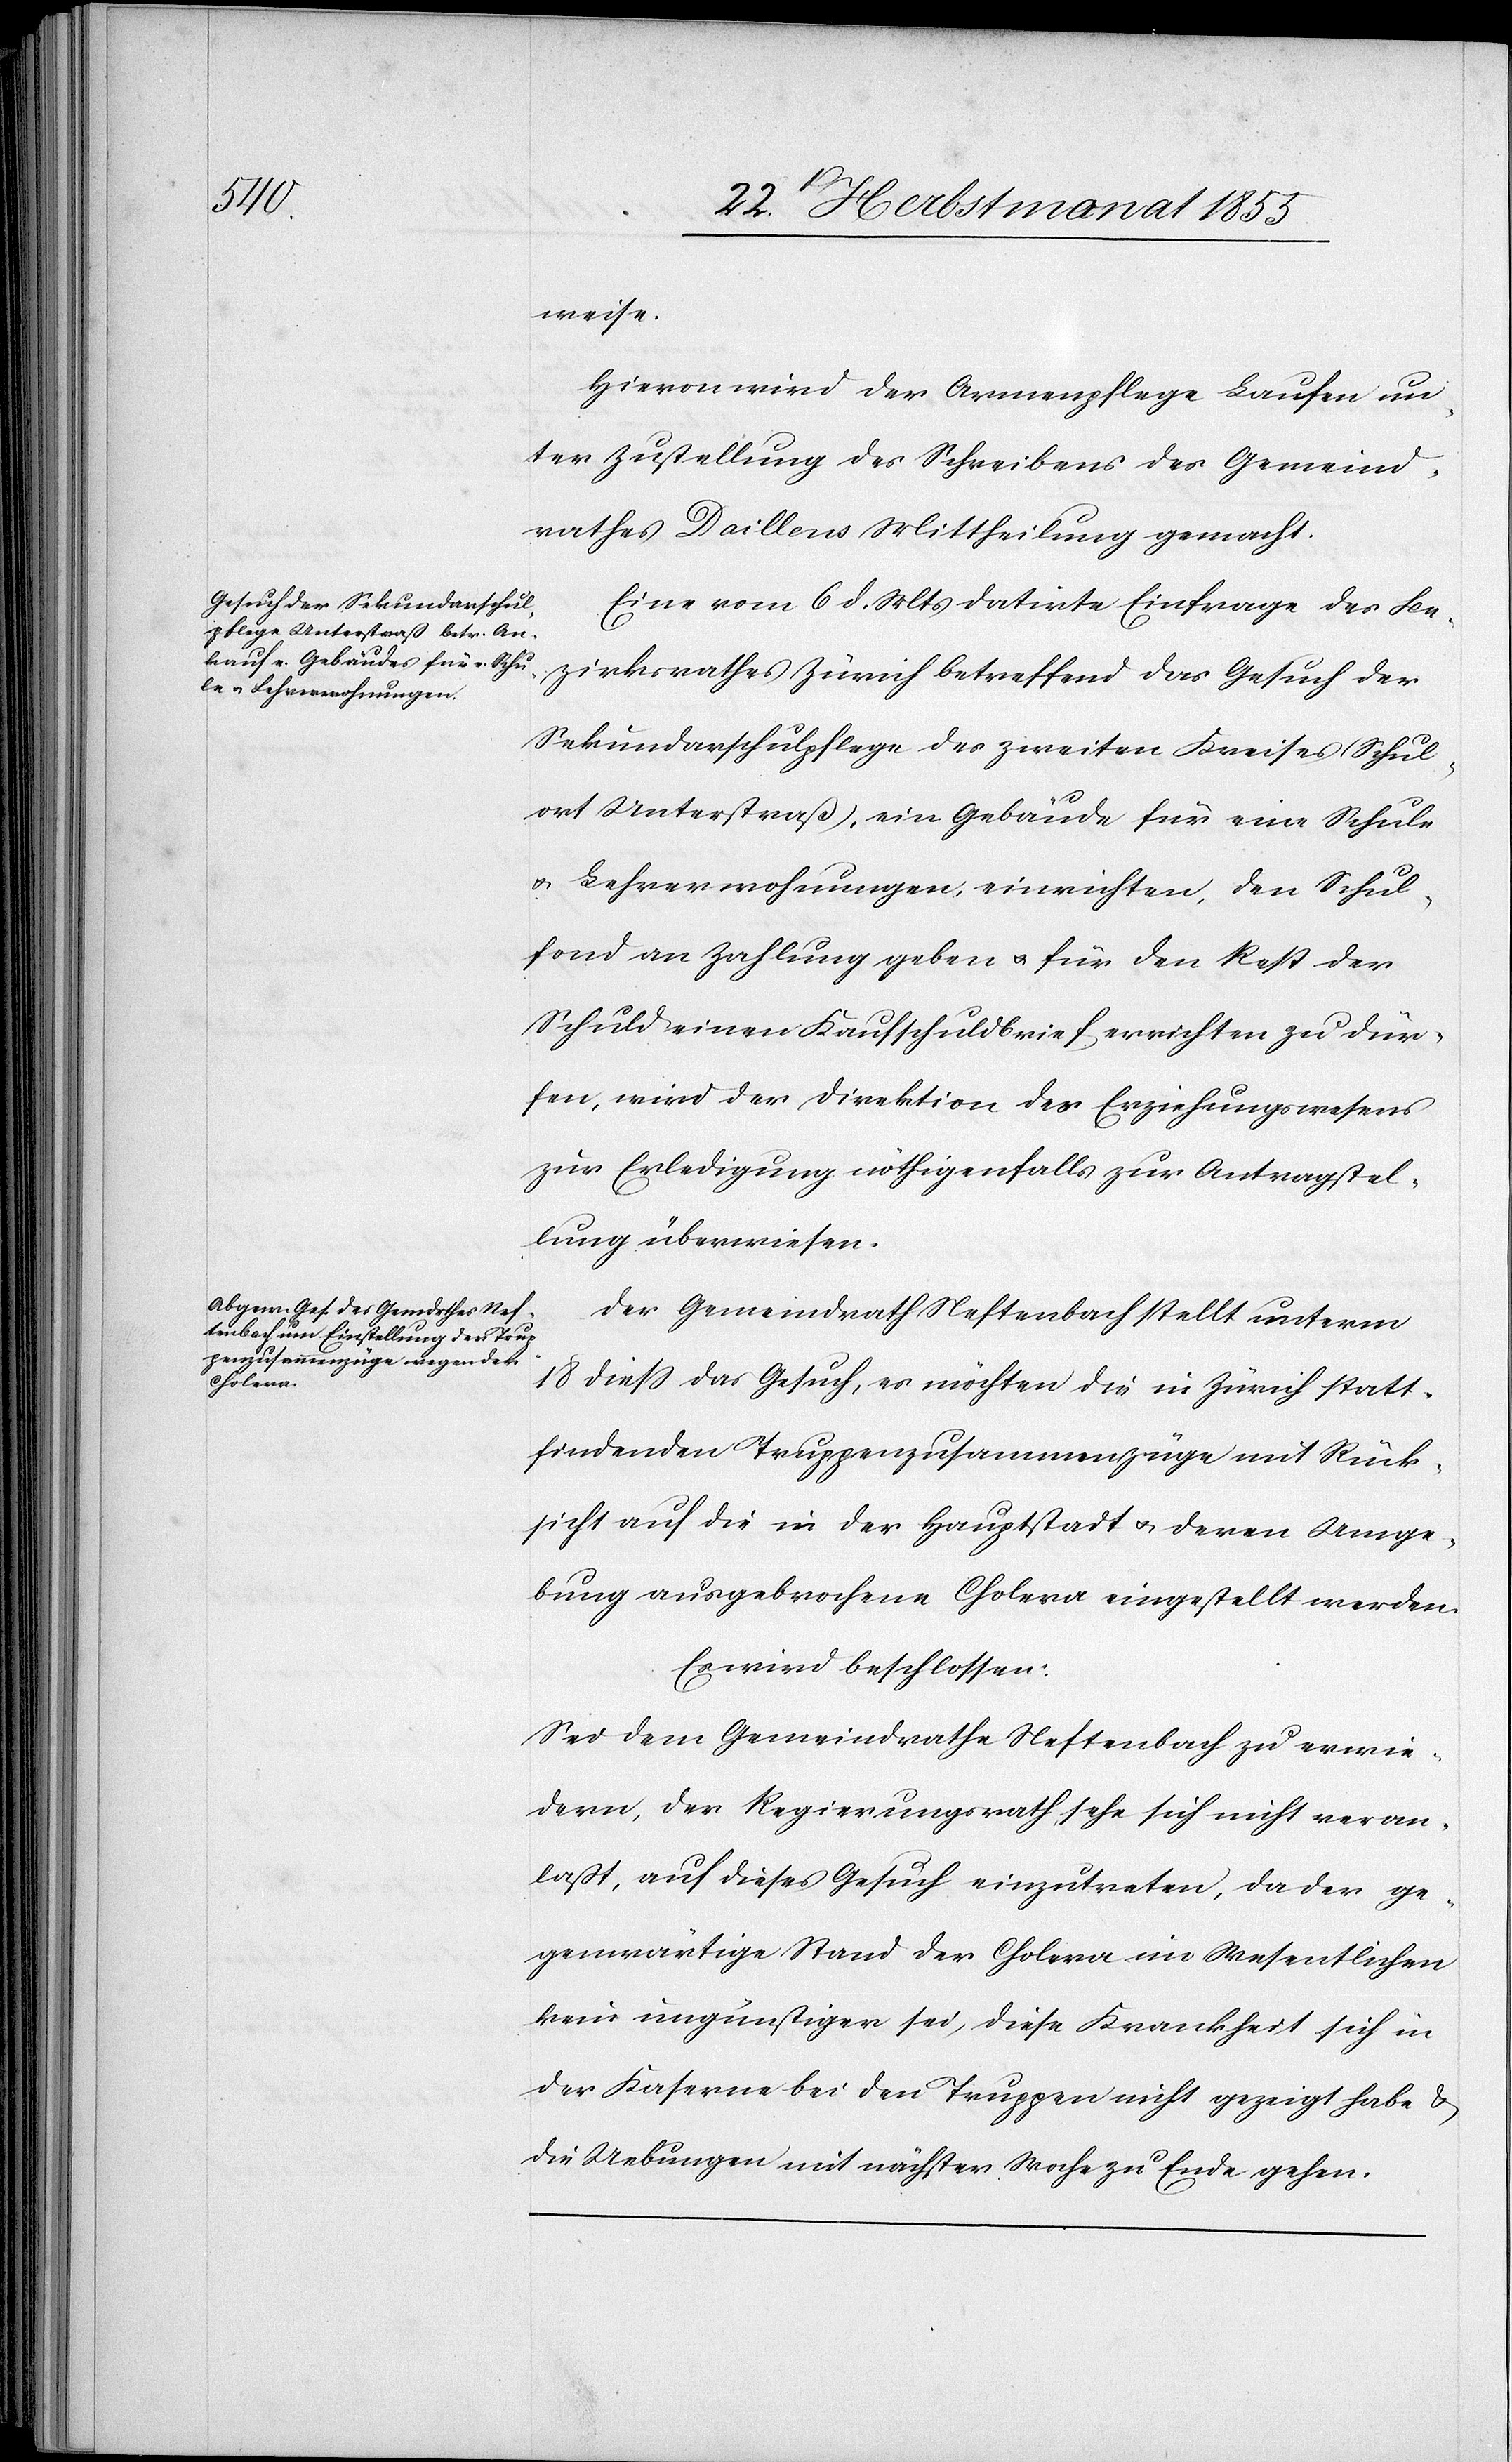
weise.
Hievon wird der Armenpflege Laufen un¬
ter Zustellung des Schreibens des Gemeind¬
rathes Daillens Mittheilung gemacht.
Eine vom 6 d. Mts datirte Einfrage des Be¬
zirksrathes Zürich betreffend das Gesuch der
Sekundarschulpflege des zweiten Kreises (Schul¬
ort Unterstraß), ein Gebäude für eine Schule
& Lehrerwohnungen, einrichten, den Schul¬
fond an Zahlung geben & für den Rest der
Schuld einen Kaufschuldbrief errichten zu dür¬
fen, wird der Direktion des Erziehungswesens
zur Erledigung nöthigenfalls zur Antragstel¬
lung überwiesen.
Der Gemeindrath Neftenbach stellt unterm
18 diess das Gesuch, es möchten die in Zürich statt¬
findenden Truppenzusammenzüge mit Rück¬
sicht auf die in der Hauptstadt & deren Umge¬
bung ausgebrochene Cholera eingestellt werden.
Es wird beschlossen:
Sei dem Gemeindrathe Neftenbach zu erwie¬
dern, der Regierungsrath sehe sich nicht veran¬
laßt, auf dieses Gesuch einzutreten, da der ge¬
genwärtige Stand der Cholera im Wesentlichen
kein ungünstiger sei, diese Krankheit sich in
der Kaserne bei den Truppen nicht gezeigt habe &
die Uebungen mit nächster Woche zu Ende gehen.